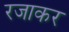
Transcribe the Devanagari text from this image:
रजाकर